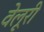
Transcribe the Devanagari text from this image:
वेलूरी